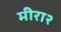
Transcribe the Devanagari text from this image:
मीरा२